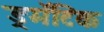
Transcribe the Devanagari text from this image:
ड्रमॅटिक